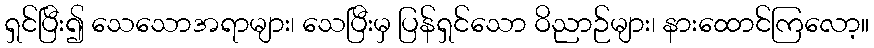
ရှင်ပြီး၍ သေသောအရာများ၊ သေပြီးမှ ပြန်ရှင်သော ဝိညာဉ်များ၊ နားထောင်ကြလော့။